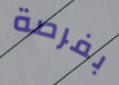
بفرصة